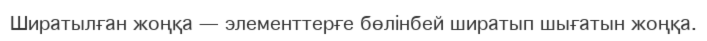
Ширатылған жоңқа — элементтерғе бөлінбей ширатып шығатын жоңқа.